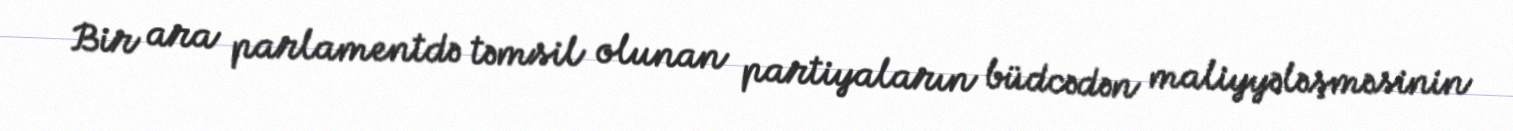
Bir ara parlamentdə təmsil olunan partiyaların büdcədən maliyyələşməsinin